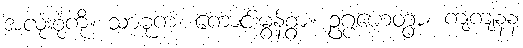
အလုံးစုံကို။ သာဓုကံ၊ ကောင်းမွန်စွာ။ ဥဂ္ဗဟေတွာ၊ ကျကျနန